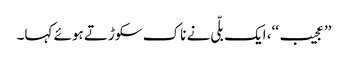
’’عجیب‘‘، ایک بلّی نے ناک سکوڑتے ہوئے کہا۔